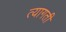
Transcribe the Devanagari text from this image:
त्यागती